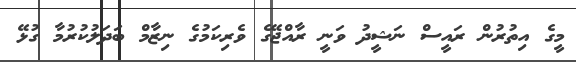
މީގެ އިތުރުން ރައީސް ނަޝީދު ވަނީ ރާއްޖޭގެ ވެރިކަމުގެ ނިޒާމް ބަދަލުކުރުމާ ގުޅޭ